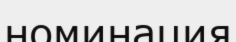
номинация